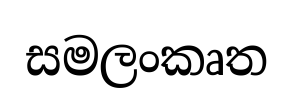
සමලංකෘත